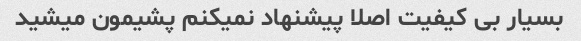
بسیار بی کیفیت اصلا پیشنهاد نمیکنم پشیمون میشید